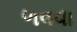
ળવવા